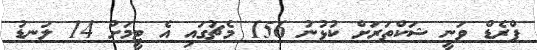
ފްރެޑް ވަނީ ޝަކްތަރަށް ކުޅުނު 156 މެޗުގައި އެ ޓީމަށް 14 ލަނޑު